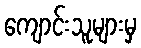
ကျောင်းသူများမှ